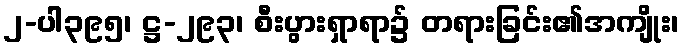
၂-ပါ၃၉၅၊ ဋ္ဌ-၂၉၃၊ စီးပွားရှာရာ၌ တရားခြင်း၏အကျိုး၊